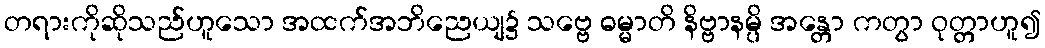
တရားကိုဆိုသည်ဟူသော အထက်အဘိညေယျ၌ သဗ္ဗေ ဓမ္မာတိ နိဗ္ဗာနမ္ပိ အန္တော ကတွာ ဝုတ္တာဟူ၍